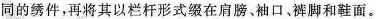
同的绣件，再将其以栏杆形式缀在肩膀、袖口、裤脚和鞋面。